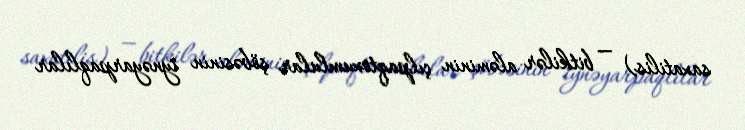
saxatilis) — bitkilər aləminin çılpaqtoxumlular şöbəsinin i̇ynəyarpaqlılar